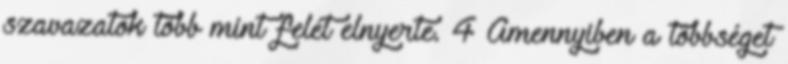
szavazatok több mint felét elnyerte. 4 Amennyiben a többséget